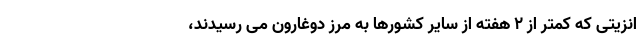
انزیتی که کمتر از ۲ هفته از سایر کشورها به مرز دوغارون می رسیدند،